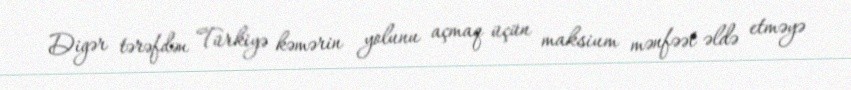
Digər tərəfdən Türkiyə kəmərin yolunu açmaq üçün maksium mənfəət əldə etməyə